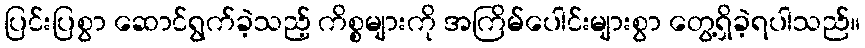
ပြင်းပြစွာ ဆောင်ရွက်ခဲ့သည့် ကိစ္စများကို အကြိမ်ပေါင်းများစွာ တွေ့ရှိခဲ့ရပါသည်။